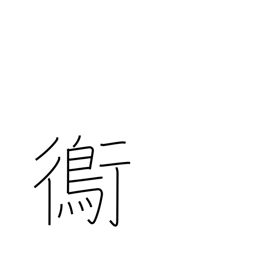
Meaning: plover